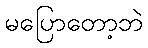
မပြောတော့ဘဲ